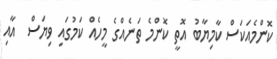
ކޮންމެއަކަސް ކާމިޔާބު އޮތީ ކޮންމެ ތަނެއްގެ މީހެއް ކަމުގައި ވިޔަސް  އާއި